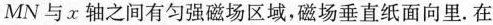
MN与x轴之间有匀强磁场区域，磁场垂直纸面向里。在